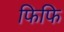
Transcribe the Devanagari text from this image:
फिफि